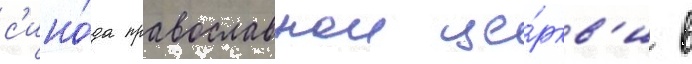
с'ино́да православнои це́ркв'и в